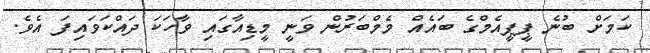
ކަމަށް ބުނެ ޕީޕީއެމްގެ ބައެއް މެމްބަރުން ވަނީ މީޑިއާގައި ވާހަކަ ދައްކަވައިފަ އެވެ.